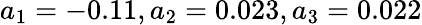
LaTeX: a_{1}=-0.11,a_{2}=0.023,a_{3}=0.022